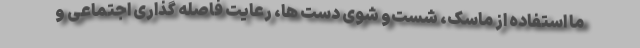
ما استفاده از ماسک، شست‌و شوی دست ها، رعایت فاصله گذاری اجتماعی و